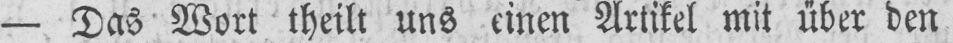
- Das Wort theilt uns einen Artikel mit über den